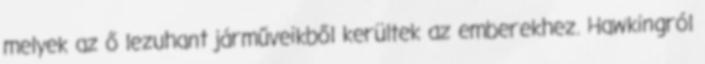
melyek az ő lezuhant járműveikből kerültek az emberekhez. Hawkingról